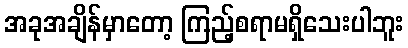
အခုအချိန်မှာတော့ ကြည့်စရာမရှိသေးပါဘူး